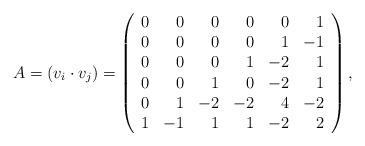
LaTeX: \begin{align*} A = (v_i\cdot v_j) = \left(\begin{array}{rrrrrr} 0 & 0 & 0 & 0 & 0 & 1 \\ 0 & 0 & 0 & 0 & 1 & -1 \\ 0 & 0 & 0 & 1 & -2 & 1 \\ 0 & 0 & 1 & 0 & -2 & 1 \\ 0 & 1 & -2 & -2 & 4 & -2 \\ 1 & -1 & 1 & 1 & -2 & 2 \end{array}\right),\end{align*}